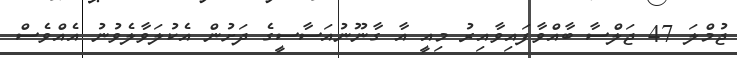
ޖުމްލަ 47 ޖަލްސާ ބާއްވާފައިވާއިރު މިއީ އާ ގާނޫނުއަސާސީގެ ދަށުން އެކުލަވާލެވުނު އެއްވެސް